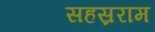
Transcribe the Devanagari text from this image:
सहस्रराम